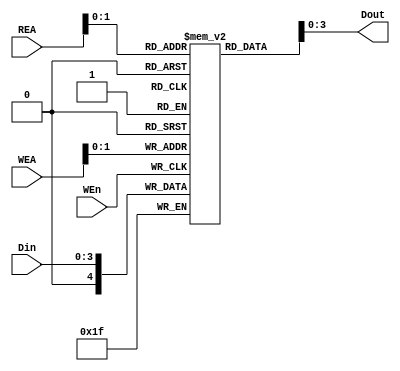
`timescale 1ns / 1ps
//////////////////////////////////////////////////////////////////////////////////
// Company: 
// Engineer: 
// 
// Design Name: 
// Module Name: RAM
// Project Name: 
// Target Devices: 
// Tool Versions: 
// Description: 
// 
// Dependencies: 
// 
// Revision:
// Revision 0.01 - File Created
// Additional Comments:
// 
//////////////////////////////////////////////////////////////////////////////////


module RAM # (
parameter M = 2,
parameter N = 3
)(
    input [N:0] Din,
    output [N:0] Dout,
    input [M:0] WEA,
    input [M:0] REA,
    input WEn
    );
    
 integer i;
    
reg [2**M:0] mem_d [N:0], mem_q [N:0];

assign Dout = mem_d[REA];
    
always @(posedge WEn) begin
mem_d[WEA] <= Din;
end

/*
always @(*) begin
//this may not be the most efficient method hardware and timing wise but it should work
for (i = 0; i < 2**M; i = i + 1) begin
mem_q[i] <= mem_d[i];
end
//mem_q[M-1+:M] <= mem_d[M-1+:M];// but they are packed.  How to deal with that? for loop?
end
*/

endmodule